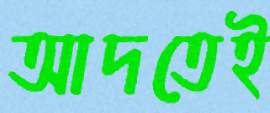
আদতেই